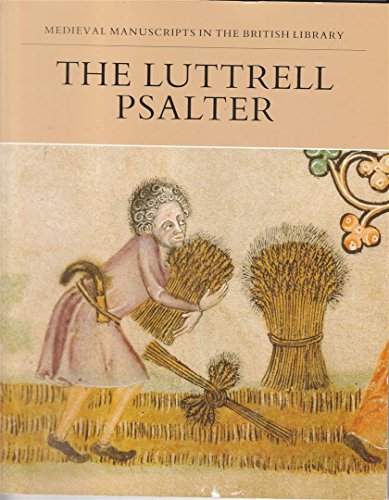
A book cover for Luttrell Psalter (Manuscripts in Colour); Jane Backhouse; Arts & Photography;